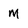
Character: M